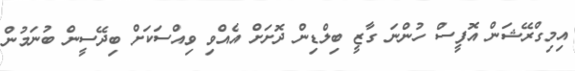
އިމިގްރޭޝަން އޮފީސް ހުންނަ ގާޒީ ބިލްޑިން ދޮށަށް އެއްވި ވިއްސަކަށް ބިދޭސީން ބުނަމުން